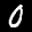
Label: 0